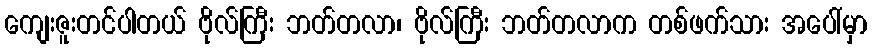
ကျေးဇူးတင်ပါတယ် ဗိုလ်ကြီး ဘတ်တလာ၊ ဗိုလ်ကြီး ဘတ်တလာက တစ်ဖက်သား အပေါ်မှာ